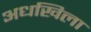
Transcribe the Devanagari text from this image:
अधखिला